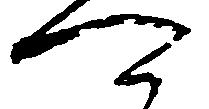
可